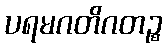
ပရမဂတိဂတဉ္စ